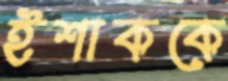
ইশাককে